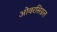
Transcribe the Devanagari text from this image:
ओवरसिग्नल